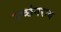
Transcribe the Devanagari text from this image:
उच्छंगराय